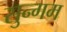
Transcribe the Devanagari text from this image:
सुन्गम